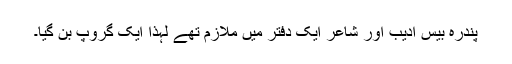
پندرہ بیس ادیب اور شاعر ایک دفتر میں ملازم تھے لہذا ایک گروپ بن گیا۔